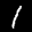
Label: 1